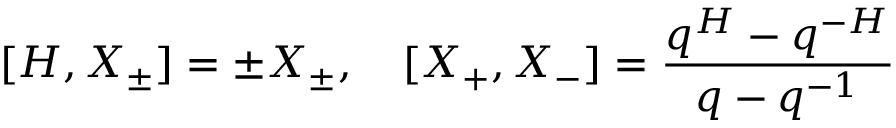
[ H , X _ { \pm } ] = \pm X _ { \pm } , \quad [ X _ { + } , X _ { - } ] = \frac { q ^ { H } - q ^ { - H } } { q - q ^ { - 1 } }